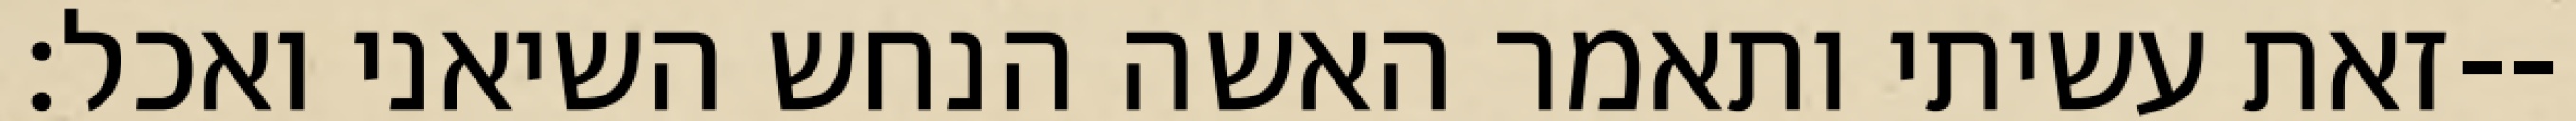
זאת עשיתי ותאמר האשה הנחש השיאני ואכל׃--